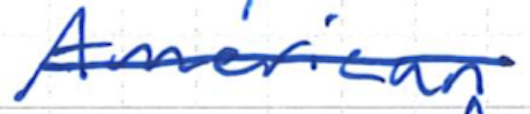
Text: American
Cross-out: single-line
Writing tool: ballpoint